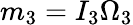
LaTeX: m_{3}=I_{3}\Omega_{3}